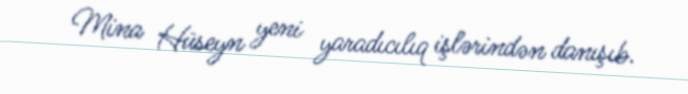
Mina Hüseyn yeni yaradıcılıq işlərindən danışıb.